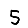
Digit: 5